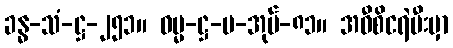
ခန္ဓ-သံ-ဋ္ဌ-၂၅၁။ ဓမ္မ-ဋ္ဌ-ပ-အုပ်-၈၁။ အဝီစိငရဲမီးမှာ